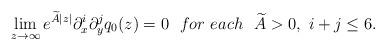
LaTeX: \begin{align*}\lim_{z\to \infty}e^{\widetilde{A}|z|}\partial_x^i \partial_y^j q_0(z)=0~~ for ~each ~~\widetilde{A}>0,~ i+j\leq 6.\end{align*}